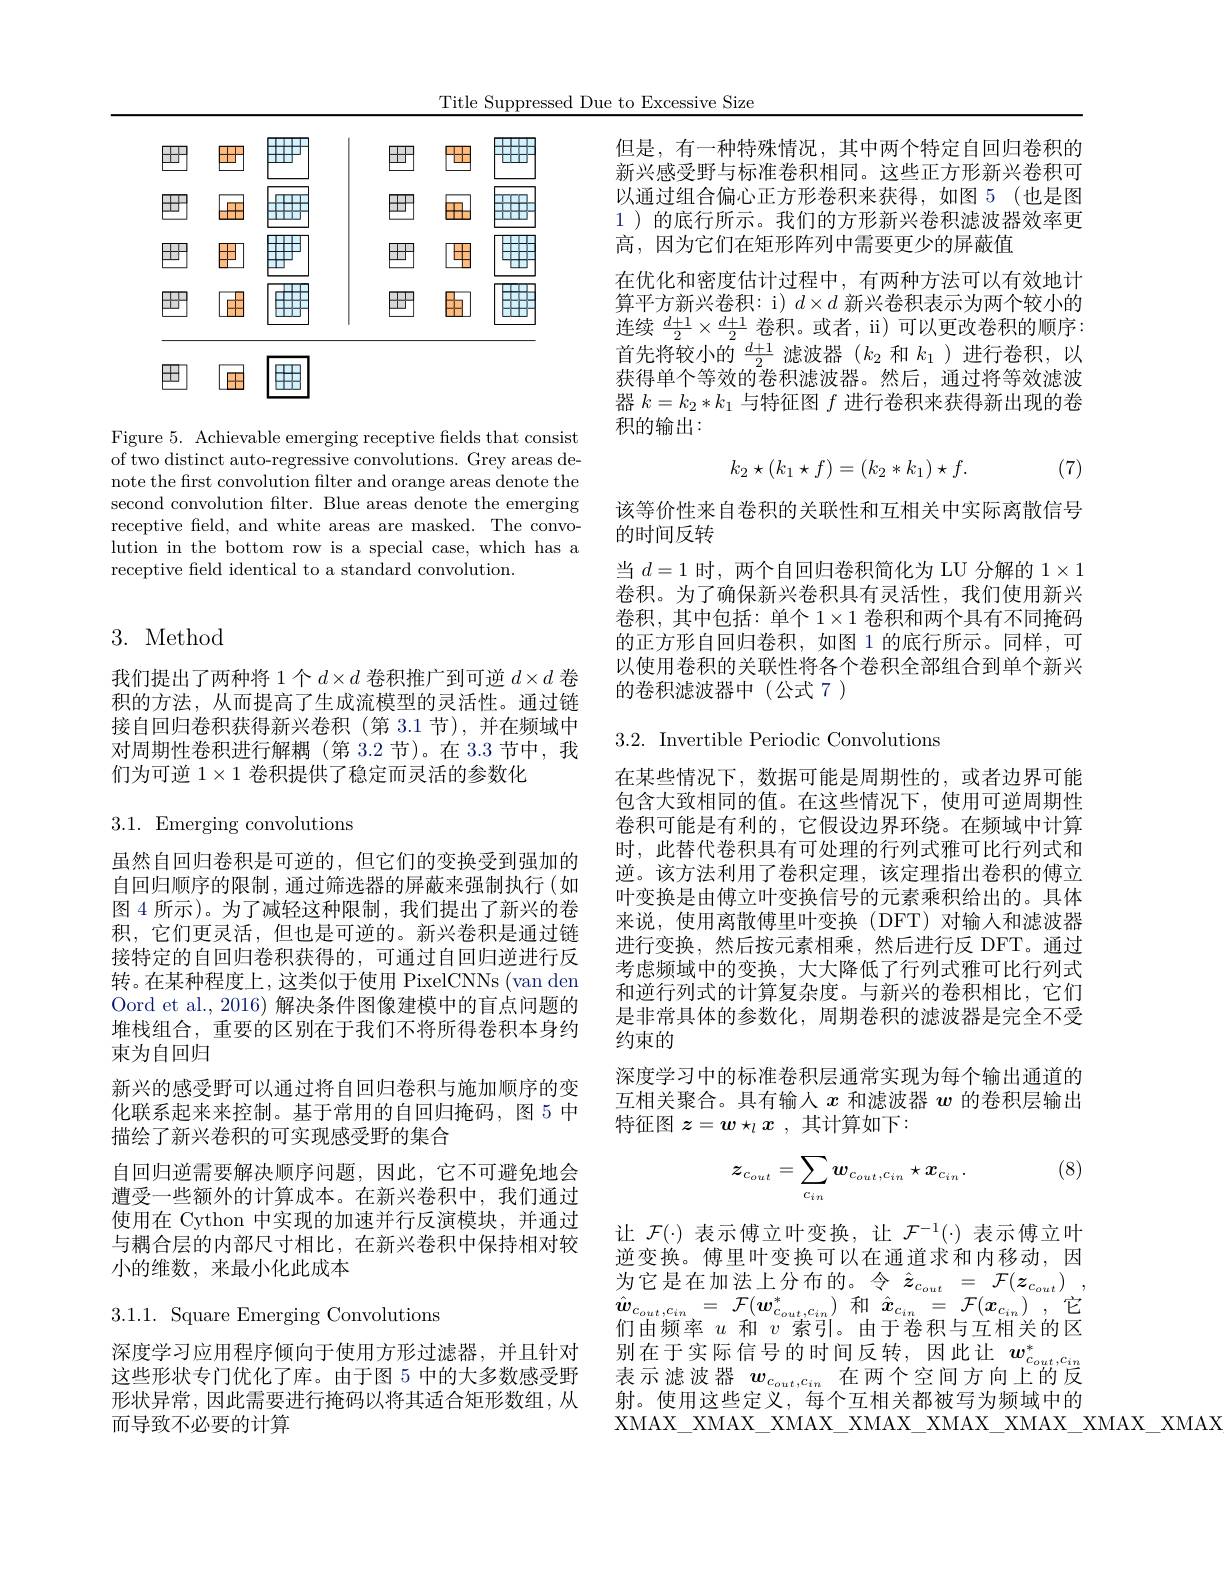
Title Suppressed Due to Excessive Size

<FigureHere>

Figure 5. Achievable emerging receptive felds that consist of two distinct auto-regressive convolutions. Grey areas denote the frst convolution filter and orange areas denote the second convolution filter. Blue areas denote the emerging receptive field, and white areas are masked. The convolution in the bottom row is a special case, which has a receptive feld identical to a standard convolution.

## 3. Method

我们提出了两种将 1个$d\times d$卷积推广到可逆$d\times d$卷积的方法，从而提高了生成流模型的灵活性。通过链接自回归卷积获得新兴卷积(第 3.1 节),并在频域中对周期性卷积进行解耦(第 3.2 节)。在 3.3 节中，我们为可逆$1\times1$卷积提供了稳定而灵活的参数化

3.1.Emerging convolutions

虽然自回归卷积是可逆的，但它们的变换受到强加的自回归顺序的限制，通过筛选器的屏蔽来强制执行(如图 4 所示)。为了减轻这种限制，我们提出了新兴的卷积，它们更灵活，但也是可逆的。新兴卷积是通过链接特定的自回归卷积获得的，可通过自回归逆进行反转。在某种程度上，这类似于使用 PixelCNNs (van den Oord et al.,2016) 解决条件图像建模中的盲点问题的堆栈组合，重要的区别在于我们不将所得卷积本身约束为自回归
新兴的感受野可以通过将自回归卷积与施加顺序的变化联系起来来控制。基于常用的自回归掩码，图 5 中描绘了新兴卷积的可实现感受野的集合
自回归逆需要解决顺序问题，因此，它不可避免地会遭受一些额外的计算成本。在新兴卷积中，我们通过使用在 Cython 中实现的加速并行反演模块，并通过与耦合层的内部尺寸相比，在新兴卷积中保持相对较小的维数，来最小化此成本
$3.1.1.{\mathrm{~Square~Emerging~Convolutions}}$

深度学习应用程序倾向于使用方形过滤器，并且针对这些形状专门优化了库。由于图5中的大多数感受野形状异常，因此需要进行掩码以将其适合矩形数组，从而导致不必要的计算

但是，有一种特殊情况，其中两个特定自回归卷积的新兴感受野与标准卷积相同。这些正方形新兴卷积可以通过组合偏心正方形卷积来获得，如图 5 (也是图1 )的底行所示。我们的方形新兴卷积滤波器效率更高，因为它们在矩形阵列中需要更少的屏蔽值
在优化和密度估计过程中，有两种方法可以有效地计算平方新兴卷积：i) $d\times d$新兴卷积表示为两个较小的连续$\frac{d+1}2\times\frac{d+1}2$卷积。或者，ii) 可以更改卷积的顺序： 首先将较小的$\frac{d+1}2$滤波器($k_2$和$k_1$)进行卷积，以获得单个等效的卷积滤波器。然后，通过将等效滤波器$k=k_2*k_1$与特征图$f$进行卷积来获得新出现的卷积的输出：
$$k_2\star(k_1\star f)=(k_2*k_1)\star f.$$
(7)

该等价性来自卷积的关联性和互相关中实际离散信号
的时间反转
当$d=1$时，两个自回归卷积简化为 LU 分解的$1\times1$ 卷积。为了确保新兴卷积具有灵活性，我们使用新兴卷积，其中包括：单个$1\times1$卷积和两个具有不同掩码的正方形自回归卷积，如图 1 的底行所示。同样，可以使用卷积的关联性将各个卷积全部组合到单个新兴的卷积滤波器中(公式7)

3.2. Invertible Periodic Convolutions

在某些情况下，数据可能是周期性的，或者边界可能包含大致相同的值。在这些情况下，使用可逆周期性卷积可能是有利的，它假设边界环绕。在频域中计算时，此替代卷积具有可处理的行列式雅可比行列式和逆。该方法利用了卷积定理，该定理指出卷积的傅立叶变换是由傅立叶变换信号的元素乘积给出的。具体来说，使用离散傅里叶变换(DFT)对输入和滤波器进行变换，然后按元素相乘，然后进行反 DFT。通过考虑频域中的变换，大大降低了行列式雅可比行列式和逆行列式的计算复杂度。与新兴的卷积相比，它们是非常具体的参数化，周期卷积的滤波器是完全不受约束的
深度学习中的标准卷积层通常实现为每个输出通道的互相关聚合。具有输人$x$和滤波器$w$的卷积层输出特征图$z=\boldsymbol{w}\star_l\boldsymbol{x}$ ,其计算如下：

(8)
$$z_{c_{out}}=\sum_{c_{in}}w_{c_{out},c_{in}}\star x_{c_{in}}.$$
让$\mathcal{F}(\cdot)$表示傅立叶变换，让$\mathcal{F}^-1(\cdot)$表示傅立叶逆变换。傅里叶变换可以在通道求和内移动，因为它是在加法上分布的。令$\hat{z} _{c_{out}}= \mathcal{F} ( \boldsymbol{z}_{c_{out}})$ , $\hat{\boldsymbol{w}} _{c_{out}, c_{in}}=$ $\mathcal{F} ( \boldsymbol{w}_{c_{out}, c_{in}}^{* })$ 和 $\hat{x} _{c_{in}}=$ $\mathcal{F} ( \boldsymbol{x}_{c_{in}})$ ,它们由频率$u$和$v$索引。由于卷积与互相关的区别在于实际信号的时间反转，因此让$w_c_{out}^*,c_{in}$ 表示滤波器$w_{c_{out},c_{in}}$在两个空间方向上的反射。使用这些定义，每个互相关都被写为频域中的XMAX$\_$XMAX$\_$XMAX$\_$XMAX$\_$XMAX$\_$XMAX$\_$XMAX$\_$XMAX